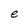
Character: e